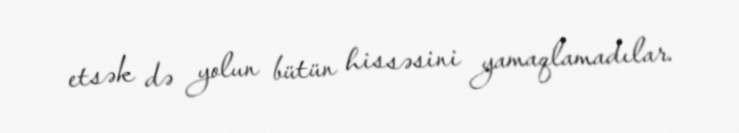
etsək də yolun bütün hissəsini yamaqlamadılar.